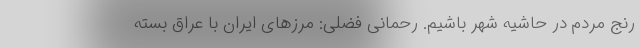
رنج مردم در حاشیه شهر باشیم. رحمانی فضلی: مرزهای ایران با عراق بسته